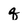
Character: q